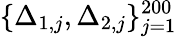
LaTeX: \{ \Delta_{1,j},\Delta_{2,j}\} _{j=1}^{200}